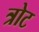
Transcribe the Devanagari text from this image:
त्रोट